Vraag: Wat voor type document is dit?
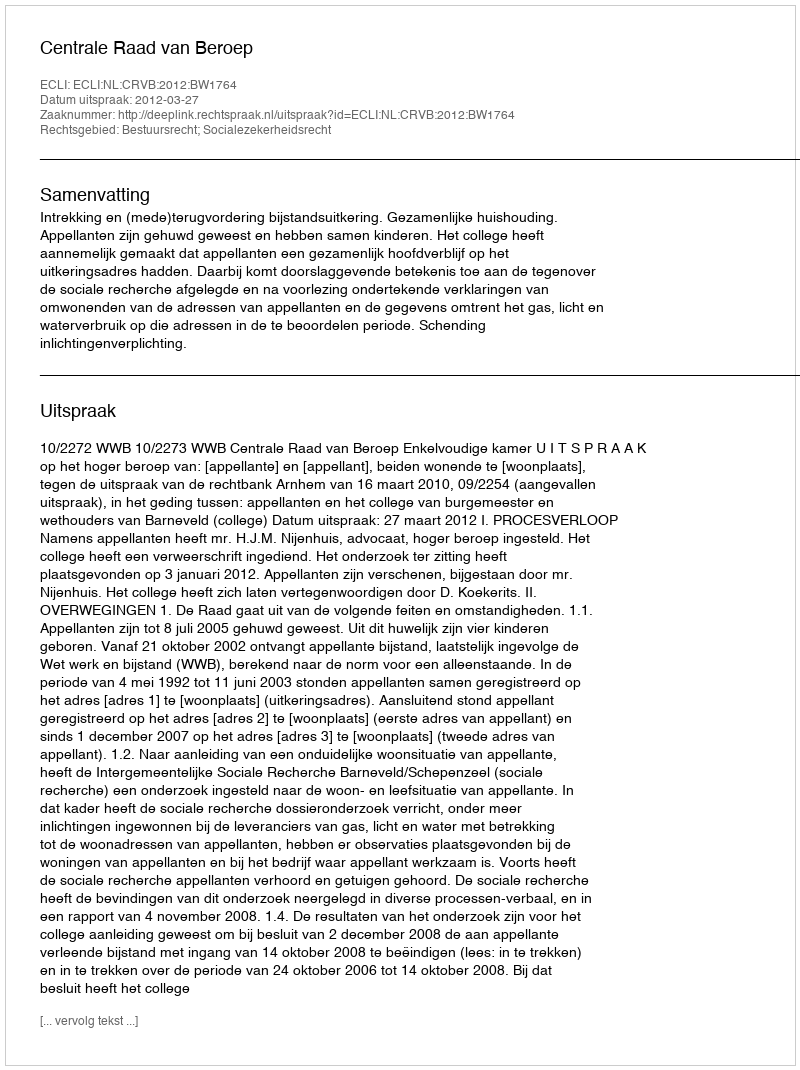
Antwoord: Uitspraak